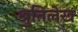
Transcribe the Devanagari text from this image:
श्रुतिलेख